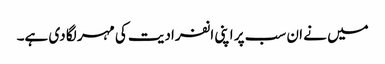
میں نے ان سب پر اپنی انفرادیت کی مہر لگا دی ہے۔